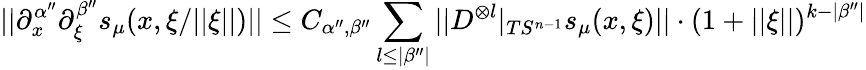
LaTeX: ||\partial_{x}^{\alpha^{\prime\prime}}\partial_{\xi}^{\beta^{\prime\prime}}s_{\mu}(x,\xi/||\xi||)||\leq C_{\alpha^{\prime\prime},\beta^{\prime\prime}}\sum_{l\leq|\beta^{\prime\prime}|}||D^{\otimes l}|_{TS^{n-1}}s_{\mu}(x,\xi)||\cdot(1+||\xi||)^{k-|\beta^{\prime\prime}|}